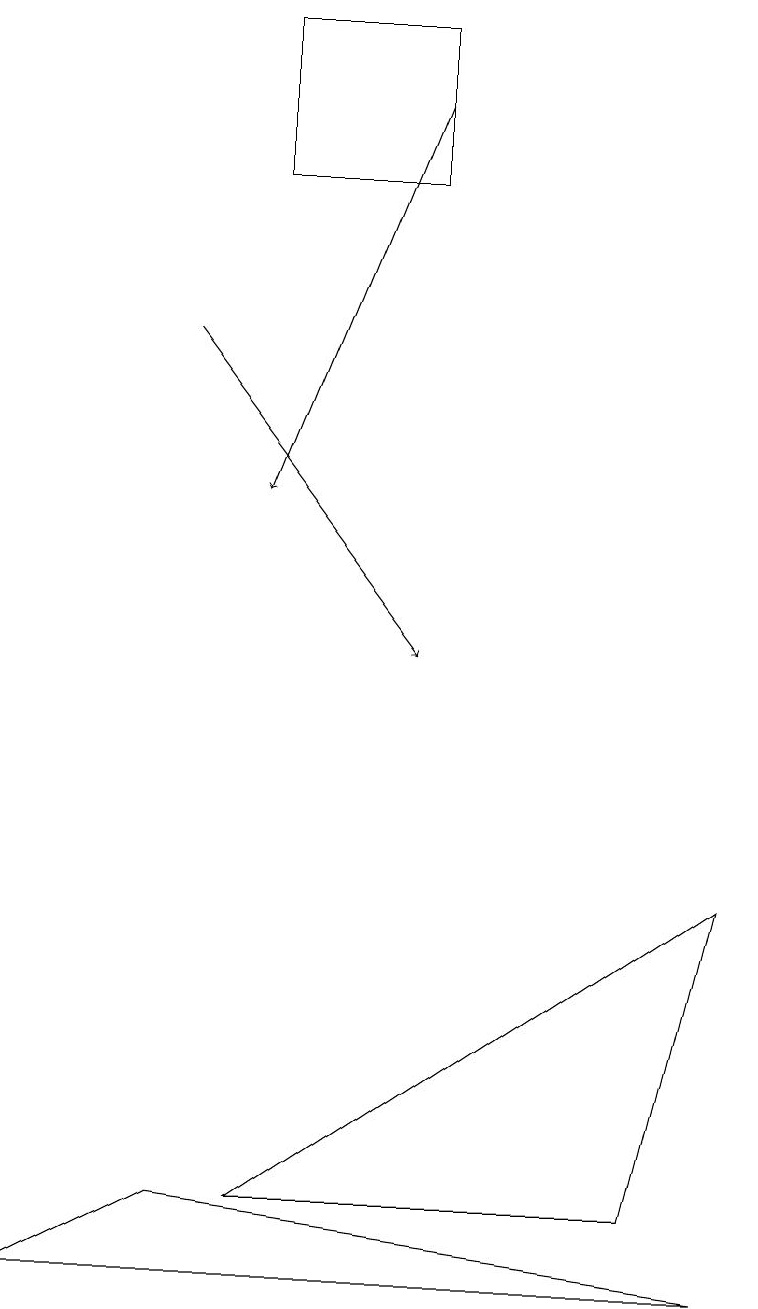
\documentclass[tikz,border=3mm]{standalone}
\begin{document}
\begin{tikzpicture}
\draw (8,4) -- (9,8) -- (3,4) -- cycle;
\draw (5,19) rectangle (3,17);
\draw[->] (2,15) -- (5,11);
\draw (2,4) -- (9,3) -- (0,3) -- cycle;
\draw[->] (5,18) -- (3,13);
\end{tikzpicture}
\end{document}